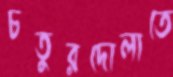
চতুরদোলাতে